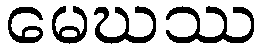
မေဃဿ